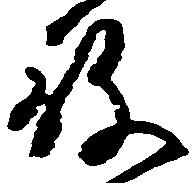
殿